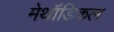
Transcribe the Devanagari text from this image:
मेथॉडिकल